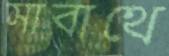
সাবাথে